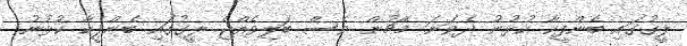
ލީގުގައި ބެންފީކާ ކުޅުނު ދެވަނަ މެޗުން ވެސް ބަލިވެއްޖެ ލީގުގައި ބެންފީކާ ކުޅުނު